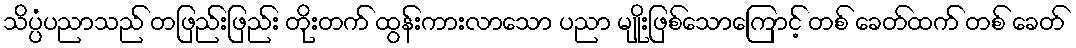
သိပ္ပံပညာသည် တဖြည်းဖြည်း တိုးတက် ထွန်းကားလာသော ပညာ မျိုးဖြစ်သောကြောင့် တစ် ခေတ်ထက် တစ် ခေတ်